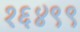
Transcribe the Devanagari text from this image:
१६४९९